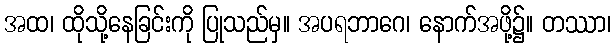
အထ၊ ထိုသို့နေခြင်းကို ပြုသည်မှ။ အပရဘာဂေ၊ နောက်အဖို့၌။ တဿာ၊